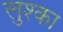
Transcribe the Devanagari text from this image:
लुश्का